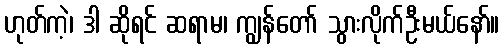
ဟုတ်ကဲ့၊ ဒါ ဆိုရင် ဆရာမ၊ ကျွန်တော် သွားလိုက်ဦးမယ်နော်။